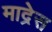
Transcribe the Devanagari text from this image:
माद्रेस